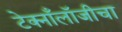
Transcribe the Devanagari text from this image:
टेक्नाँलॉजीचा